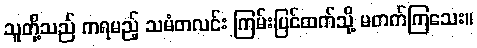
သူတို့သည် ကရမည့် သမံတလင်း ကြမ်းပြင်ထက်သို့ မတက်ကြသေး။